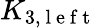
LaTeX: K_{3,\mathrm{~l~e~f~t~}}